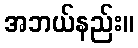
အဘယ်နည်း။